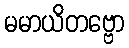
မမာယိတဗ္ဗော